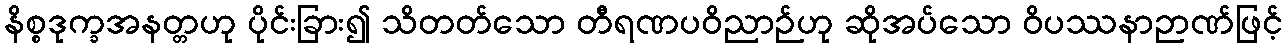
နိစ္စဒုက္ခအနတ္တဟု ပိုင်းခြား၍ သိတတ်သော တီရဏပဝိညာဉ်ဟု ဆိုအပ်သော ဝိပဿနာဉာဏ်ဖြင့်